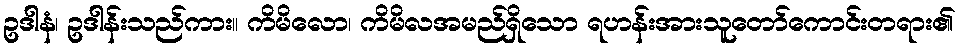
ဥဒါနံ၊ ဥဒါန်းသည်ကား။ ကိမိလော၊ ကိမိလအမည်ရှိသော ရဟန်းအားသူတော်ကောင်းတရား၏